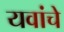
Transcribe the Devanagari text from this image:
यवांचे